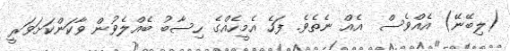
(ލިބޭނޭ) އެއްވެސް  އެއް ނެތެވެ. ފަހެ އެމީހެއްގެ ހިސާބު ބެއްލެވުން ވާކަންކަށަވަރީ